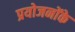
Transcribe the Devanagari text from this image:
प्रयोजनोंके